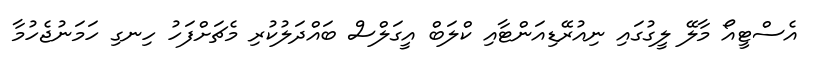
އެސްޓީއޯ މާލޭ ލީގުގައި ނިއުރޭޑިއަންޓާއި ކްލަބް އީގަލްސް ބައްދަލުކުރި މެޗަށްފަހު ހިނގި ހަމަނުޖެހުމާ